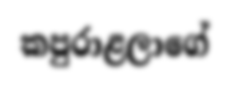
කපුරාළලාගේ